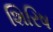
શિરિષ